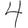
Digit: 4